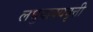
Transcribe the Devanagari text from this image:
लघुवाक्यवृत्ती